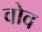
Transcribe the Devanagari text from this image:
वोव